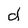
Character: d